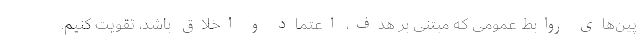
پین‌های روابط عمومی که مبتنی بر هدف، اعتماد و اخلاق باشد، تقویت کنیم.